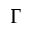
\Gamma